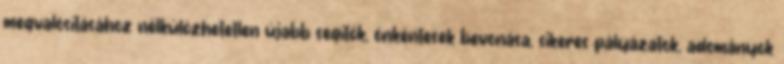
megvalósításához nélkülözhetetlen újabb segítők, önkéntesek bevonása, sikeres pályázatok, adományok